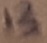
Text: 13